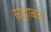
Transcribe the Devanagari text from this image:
साहाबाद